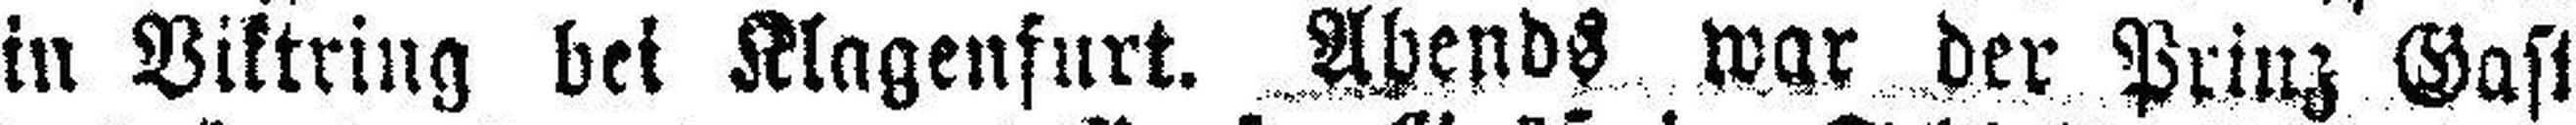
in Viktring bei Klagenfurt. Abends war der Prinz Gast